Proceedings of the meeting of veterinary officers in India
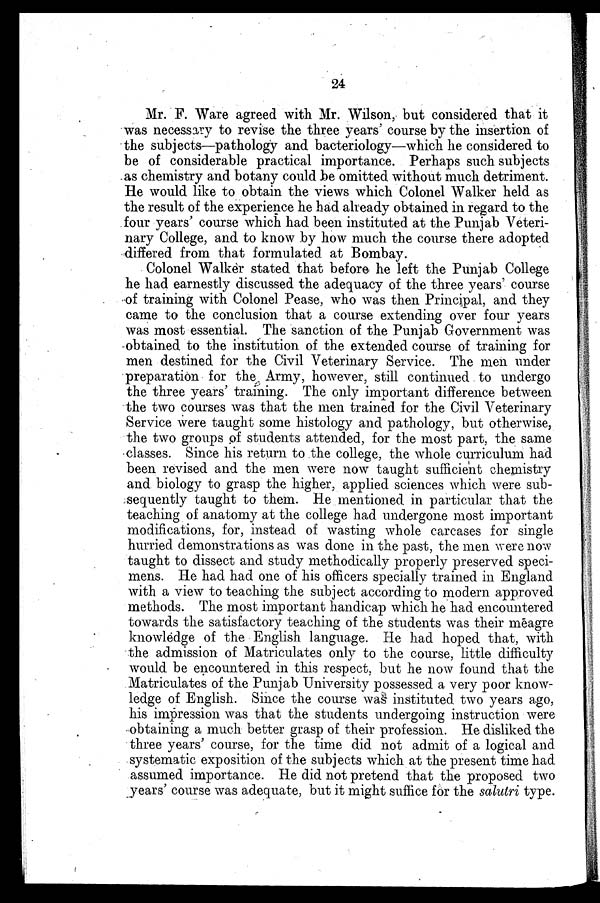
24
Mr. F. Ware agreed with Mr. Wilson, but considered that it
was necessary to revise the three years' course by the insertion of
the subjects—pathology and bacteriology—which he considered to
be of considerable practical importance. Perhaps such subjects
as chemistry and botany could be omitted without much detriment.
He would like to obtain the views which Colonel Walker held as
the result of the experience he had already obtained in regard to the
four years' course which had been instituted at the Punjab Veteri-
nary College, and to know by how much the course there adopted
differed from that formulated at Bombay.
Colonel Walker stated that before he left the Punjab College
he had earnestly discussed the adequacy of the three years' course
of training with Colonel Pease, who was then Principal, and they
came to the conclusion that a course extending over four years
was most essential. The sanction of the Punjab Government was
obtained to the institution of the extended course of training for
men destined for the Civil Veterinary Service. The men under
preparation for the. Army, however, still continued to undergo
the three years' training. The only important difference between
the two courses was that the men trained for the Civil Veterinary
Service were taught some histology and pathology, but otherwise,
the two groups of students attended, for the most part, the same
classes. Since his return to the college, the whole curriculum had
been revised and the men were now taught sufficient chemistry
and biology to grasp the higher, applied sciences which were sub-
sequently taught to them. He mentioned in particular that the
teaching of anatomy at the college had undergone most important
modifications, for, instead of wasting whole carcases for single
hurried demonstrations as was done in the past, the men were now
taught to dissect and study methodically properly preserved speci-
mens. He had had one of his officers specially trained in England
with a view to teaching the subject according to modern approved
methods. The most important handicap which he had encountered
towards the satisfactory teaching of the students was their meagre
knowledge of the English language. He had hoped that, with
the admission of Matriculates only to the course, little difficulty
would be encountered in this respect, but he now found that the
Matriculates of the Punjab University possessed a very poor know-
ledge of English. Since the course was instituted two years ago,
his impression was that the students undergoing instruction were
obtaining a much better grasp of their profession. He disliked the
three years' course, for the time did not admit of a logical and
systematic exposition of the subjects which at the present time had
assumed importance. He did not pretend that the proposed two
years' course was adequate, but it might suffice for the salutri type.